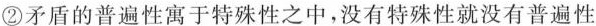
②矛盾的普遍性寓于特殊性之中，没有特殊性就没有普遍性